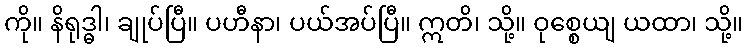
ကို။ နိရုဒ္ဓါ၊ ချုပ်ပြီ။ ပဟီနာ၊ ပယ်အပ်ပြီ။ ဣတိ၊ သို့။ ဝုစ္စေယျ ယထာ၊ သို့။